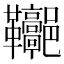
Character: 𩎏